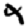
Digit: 4